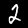
Label: 2